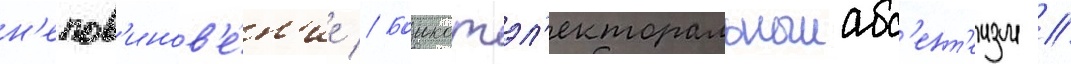
н'епов'инов'е́н'ие // Боикотэл'екторальныиабс'ент'еизм //